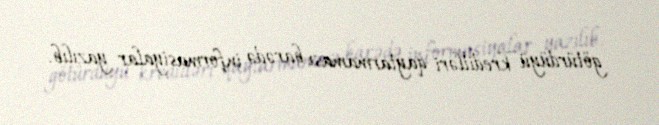
götürdüyü kreditləri qaytarmaması barədə informasiyalar yazılıb.